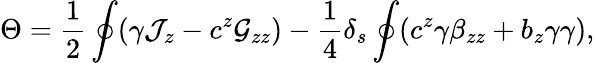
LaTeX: \Theta={\frac{1}{2}}\oint(\gamma{\cal J}_{z}-c^{z}{\cal G}_{zz})-{\frac{1}{4}}\delta_{s}\oint(c^{z}\gamma\beta_{zz}+b_{z}\gamma\gamma),